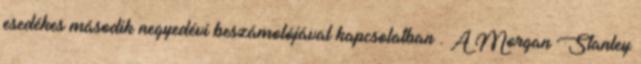
esedékes második negyedévi beszámolójával kapcsolatban . A Morgan Stanley